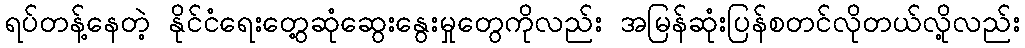
ရပ်တန့်နေတဲ့ နိုင်ငံရေးတွေ့ဆုံဆွေးနွေးမှုတွေကိုလည်း အမြန်ဆုံးပြန်စတင်လိုတယ်လို့လည်း